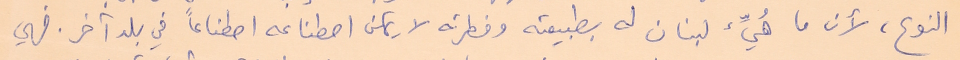
النوع، لأن ما هُيِّئ لبنان له بطبيعته وفطرته لا يمكن اصطناعه اصطناعاً في بلد آخر. فهي